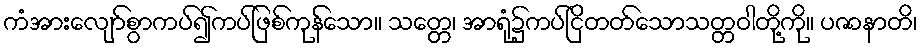
ကံအားလျော်စွာကပ်၍ကပ်ဖြစ်ကုန်သော။ သတ္တေ၊ အာရုံ၌ကပ်ငြိတတ်သောသတ္တဝါတို့ကို။ ပဇာနာတိ၊